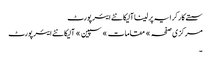
سستے کار کرایہ پر لینا آلیکانٹے ایئر پورٹ
مرکزی صفحہ » مقامات » سپین » آلیکانٹے ایئر پورٹ
۔